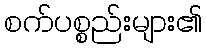
စက်ပစ္စည်းများ၏